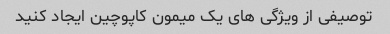
توصیفی از ویژگی های یک میمون کاپوچین ایجاد کنید